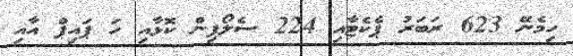
ހިމެނޭ 623 ރަބަރު ޕެކެޓާއި 224 ސެލޯފިން ކޮޅާއި ހަ ޕައިޕް އާއި